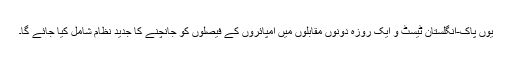
یوں پاک-انگلستان ٹیسٹ و ایک روزہ دونوں مقابلوں میں امپائروں کے فیصلوں کو جانچنے کا جدید نظام شامل کیا جائے گا۔